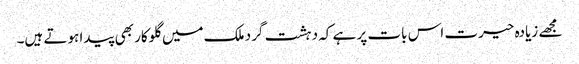
مجھے زیادہ حیرت اس بات پر ہے کہ دہشت گرد ملک میں گلوکار بھی پیدا ہوتے ہیں۔